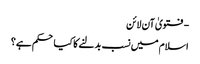
- فتویٰ آن لائن
اسلام میں نسب بدلنے کا کیا حکم ہے؟